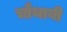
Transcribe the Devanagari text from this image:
चौथायी